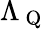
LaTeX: \Lambda_{\mathrm{~Q~}}